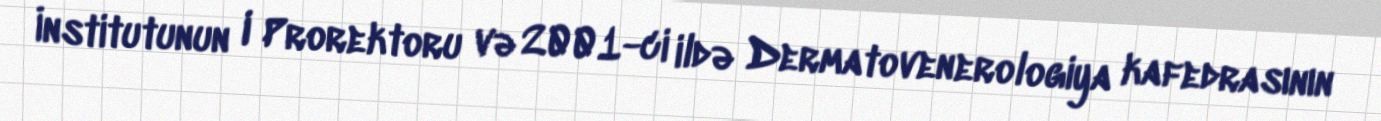
İnstitutunun I Prorektoru və 2001-ci ildə Dermatovenerologiya kafedrasının